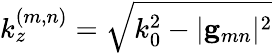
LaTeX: k_{z}^{(m,n)}=\sqrt{k_{0}^{2}-|{\mathbf g}_{mn}|^{2}}